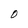
Character: O